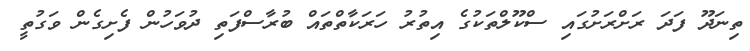
ތިނަދޫ ފަދަ ރަށްރަށުގައި ސްކޫލްތަކުގެ އިތުރު ހަރަކާތްތައް ބުރާސްފަތި ދުވަހުން ފެށިގެން ވަގުތީ